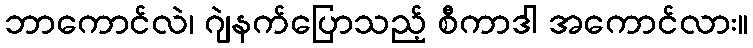
ဘာကောင်လဲ၊ ဂျဲနက်ပြောသည့် စီကာဒါ အကောင်လား။